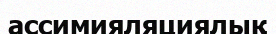
ассимияляциялық